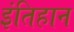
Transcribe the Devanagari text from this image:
इंतिहान